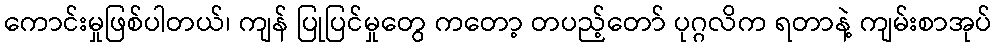
ကောင်းမှုဖြစ်ပါတယ်၊ ကျန် ပြုပြင်မှုတွေ ကတော့ တပည့်တော် ပုဂ္ဂလိက ရတာနဲ့ ကျမ်းစာအုပ်